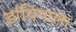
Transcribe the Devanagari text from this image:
डांग्रिगाला